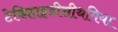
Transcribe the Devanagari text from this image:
टेकिहाइडीसीथमिया